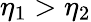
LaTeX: \eta_{1}>\eta_{2}